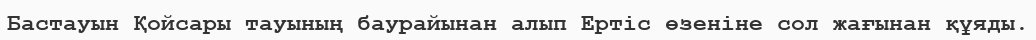
Бастауын Қойсары тауының баурайынан алып Ертіс өзеніне сол жағынан құяды.